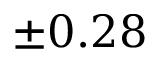
\pm 0 . 2 8